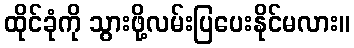
ထိုင်ခုံကို သွားဖို့လမ်းပြပေးနိုင်မလား။